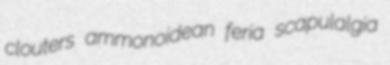
clouters ammonoidean feria scapulalgia